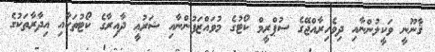
ޤާނޫނީ ވަކީލުންނާއި ދިވެހިރާއްޖޭގެ ސުޕްރީމް ކޯޓުގެ މުވައްޒަފުންނާއި ޝަރުޢީ ދާއިރާގެ ކޯޓުތަކާއި އިދާރާތަކުގެ